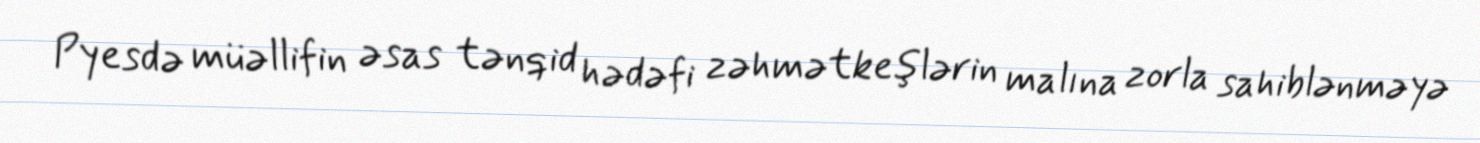
Pyesdə müəllifin əsas tənqid hədəfi zəhmətkeşlərin malına zorla sahiblənməyə